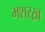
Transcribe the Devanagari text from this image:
मशरख़